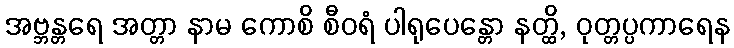
အဗ္ဘန္တရေ အတ္တာ နာမ ကောစိ စီဝရံ ပါရုပေန္တော နတ္ထိ, ဝုတ္တပ္ပကာရေန